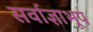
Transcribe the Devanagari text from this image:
सर्वाज्ञाभूप